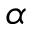
\alpha